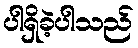
ပါရှိခဲ့ပါသည်